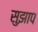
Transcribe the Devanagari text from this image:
सुझाप